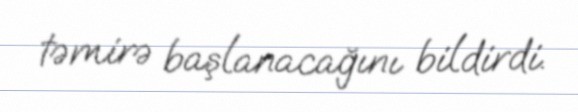
təmirə başlanacağını bildirdi.